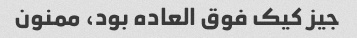
جیز کیک فوق العاده بود، ممنون